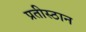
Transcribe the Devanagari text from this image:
प्रतीस्ठान